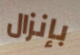
بإنزال